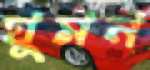
ঘুমন